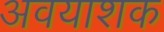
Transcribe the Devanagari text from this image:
अवयाशक